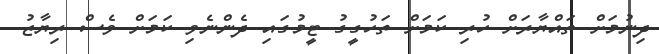
ދިނުމަށް ތައްޔާރަށް ހުރި ކަމަށް ތަހުގީގު ޓީމުގައި ދެންނެވި ކަމަށް ވެސް ރިޔާޒު